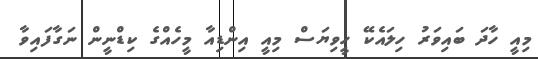
މިއީ ހާދަ ބައިވަރު ހިލައެކޭ ހީވިޔަސް މިއީ އިންޑިއާ މީހެއްގެ ކިޑްނީން ނަގާފައިވާ